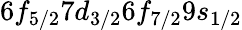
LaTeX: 6f_{5/2}7d_{3/2}6f_{7/2}9s_{1/2}